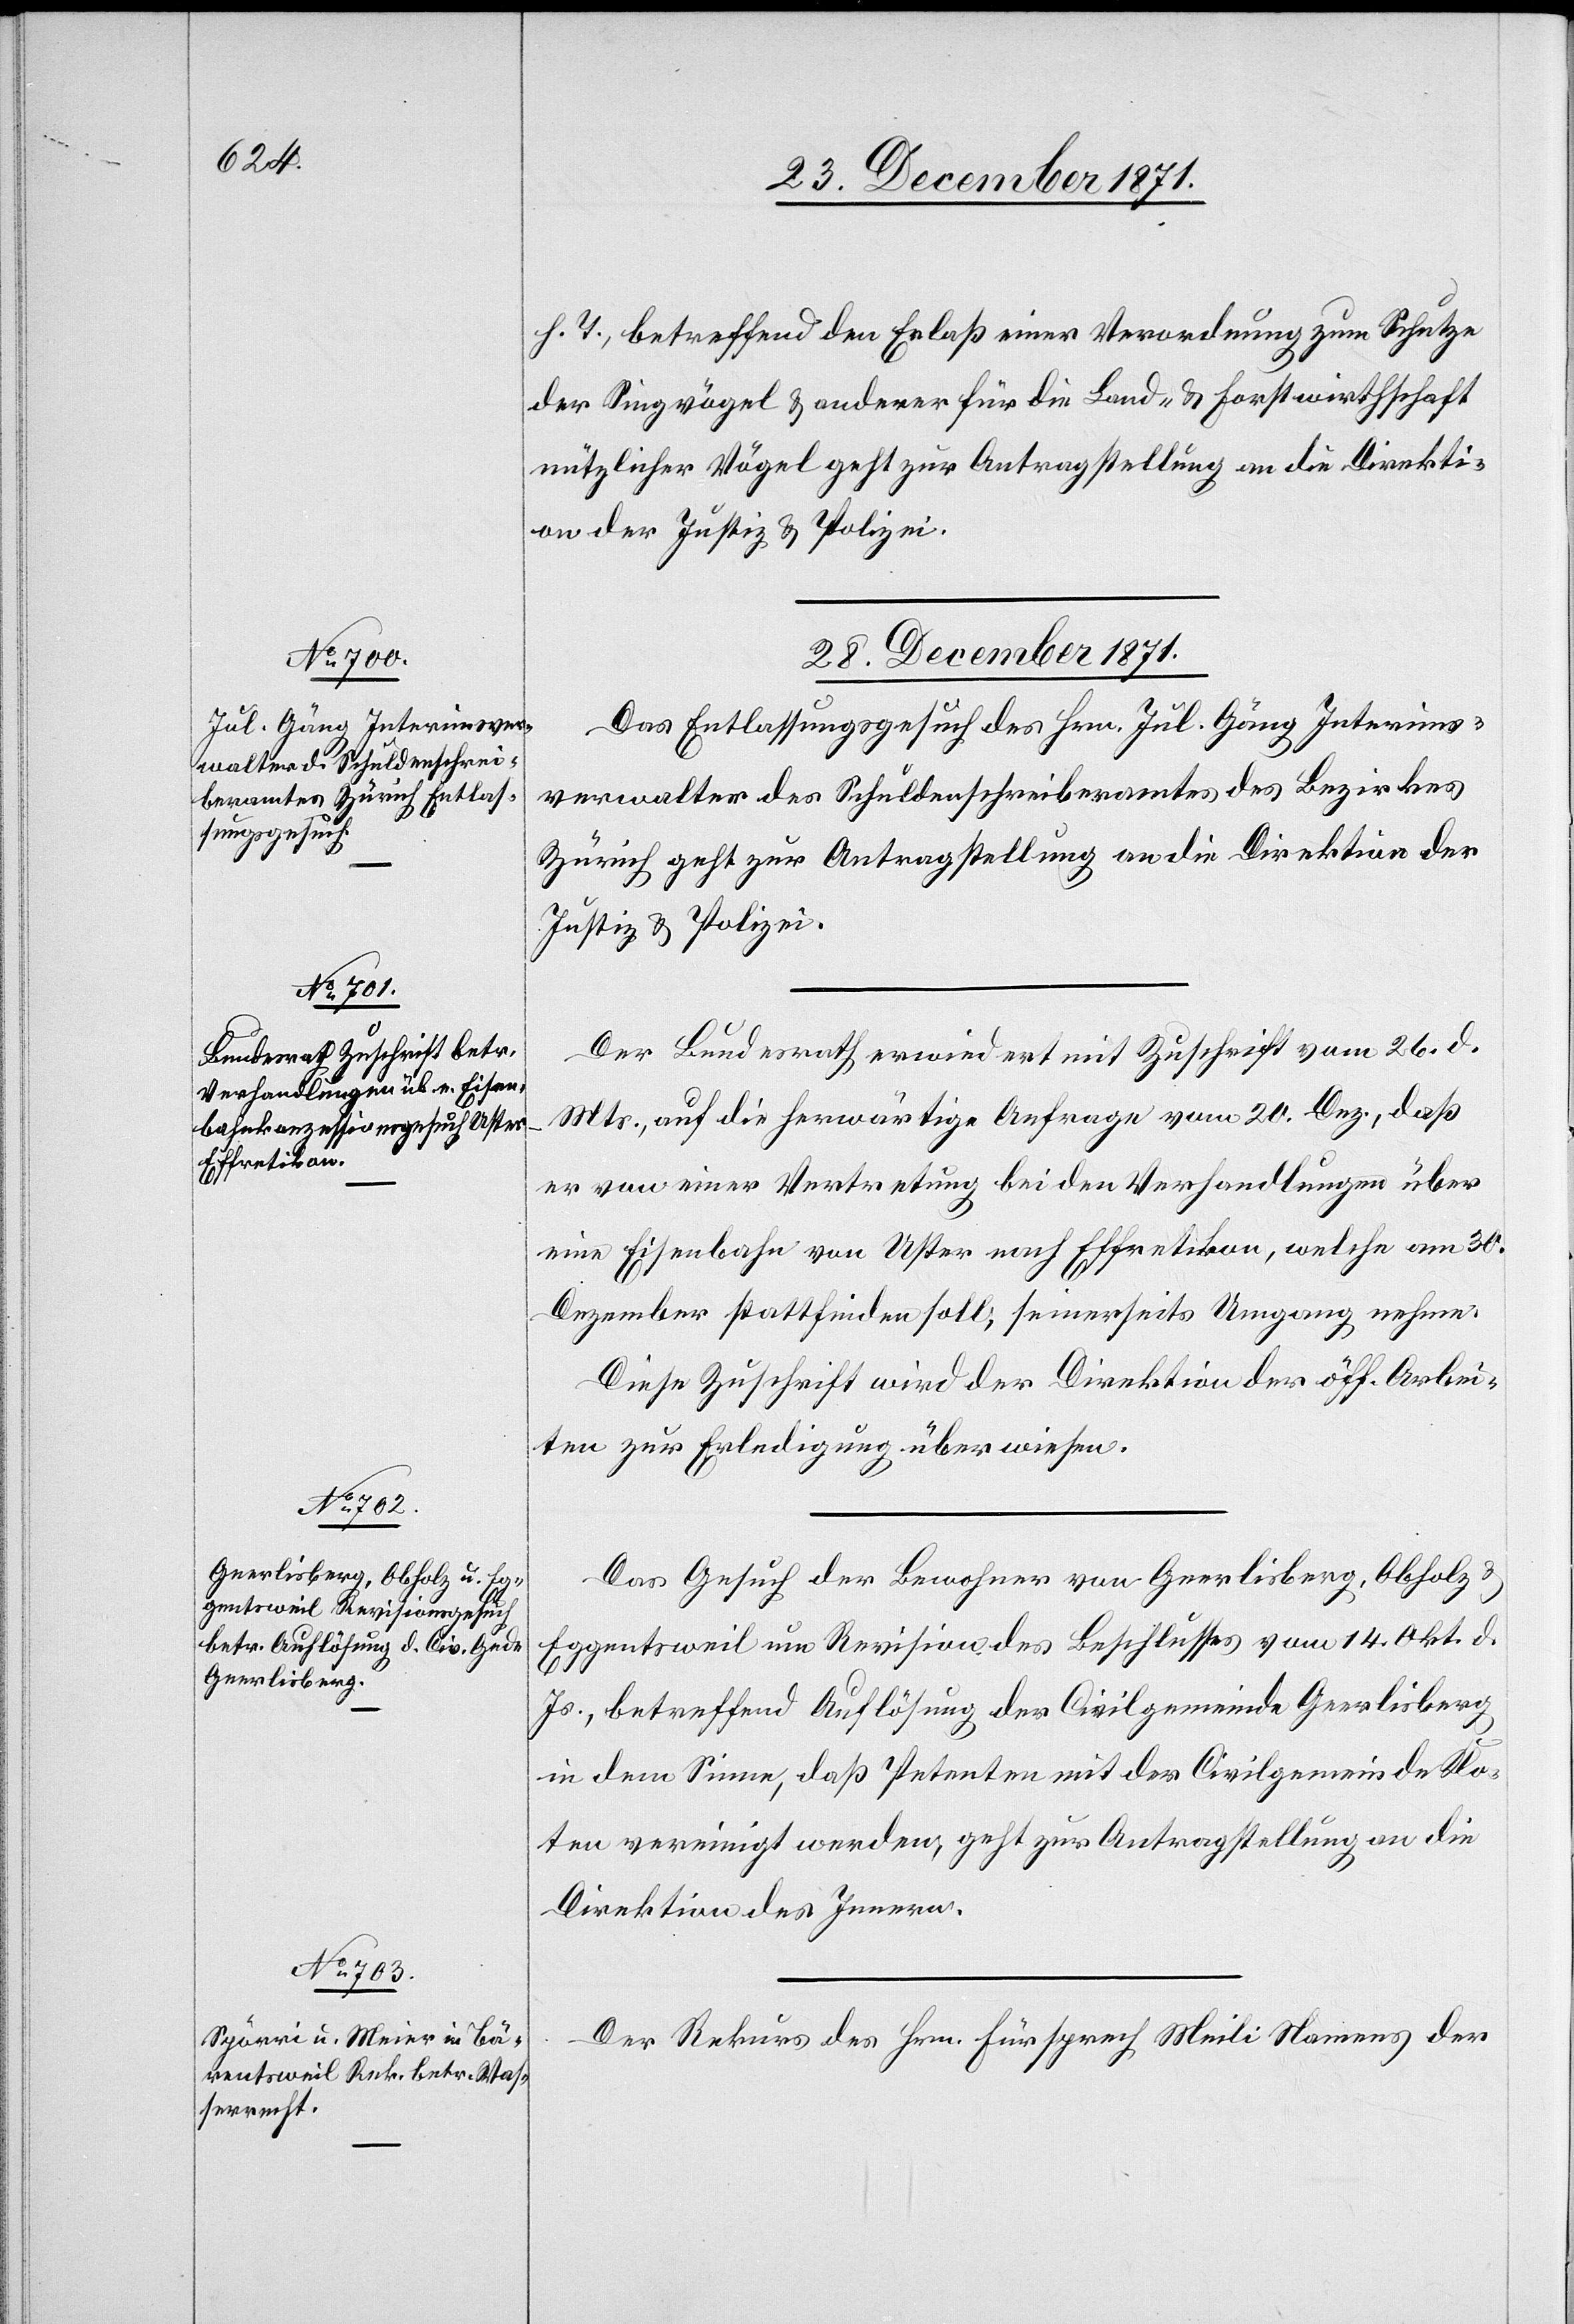
h. T., betreffend den Erlaß einer Verordnung zum Schutze
der Singvögel & anderer für die Land- & Forstwirthschaft
nützlicher Vögel geht zur Antragstellung an die Direkti¬
on der Justiz & Polizei.
28. December 1871.]
Das Entlassungsgesuch des Hrn. Jul. Gäng Interims¬
verwalter des Schuldenschreiberamtes des Bezirkes
Zürich geht zur Antragstellung an die Direktion der
Justiz & Polizei.
Der Bundesrath erwiedert mit Zuschrift vom 26. d.
Mts., auf die herwärtige Anfrage vom 20. Dez., daß
er von einer Vertretung bei den Verhandlungen über
eine Eisenbahn von Uster nach Effretikon, welche am 30.
Dezember stattfinden soll, seinerseits Umgang nehme.
Diese Zuschrift wird der Direktion der öff. Arbei¬
ten zur Erledigung überwiesen.
Das Gesuch der Bewohner von Geerlisberg, Obholz &
Eggentsweil um Revision des Beschlusses vom 14. Okt. d.
Js., betreffend Auflösung der Civilgemeinde Geerlisberg
in dem Sinne, daß Petenten mit der Civilgemeinde Klo¬
ten vereinigt werden, geht zur Antragstellung an die
Direktion des Innern.
Der Rekurs des Hrn. Fürsprech Meili Namens der